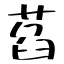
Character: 萏